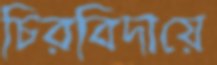
চিরবিদায়ে